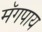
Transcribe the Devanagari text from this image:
मॅगपाय